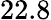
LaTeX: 22.8